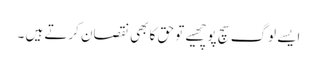
ایسے لوگ سچ پوچھیے تو حق کا بھی نقصان کرتے ہیں ۔